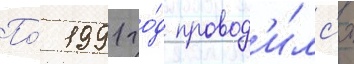
По́ 1991 го́д провод'и́лс'я